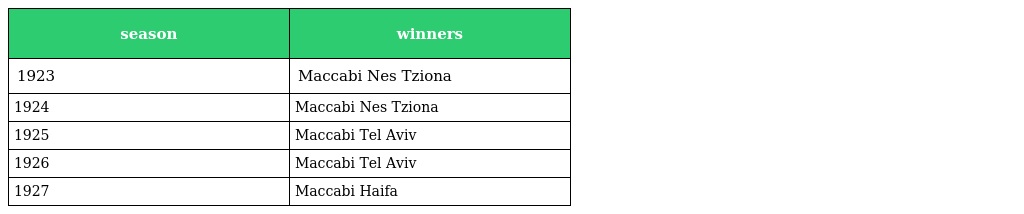
| season | winners |
 | --- | --- |
 | 1923 | Maccabi Nes Tziona |
 | 1924 | Maccabi Nes Tziona |
 | 1925 | Maccabi Tel Aviv |
 | 1926 | Maccabi Tel Aviv |
 | 1927 | Maccabi Haifa |